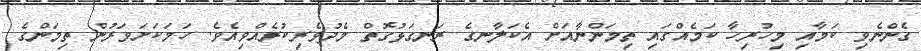
ގެންނެވި ކަމާއި މިހުރިހާ ކަމެއްގައި ތިމަންނާއަށް އެކަލާނގެ ރަނގަޅުގޮތް މެދުވެރިކުރެއްވިއެވެ. ހަމަކަށަވަރުން ތިމަންގެ